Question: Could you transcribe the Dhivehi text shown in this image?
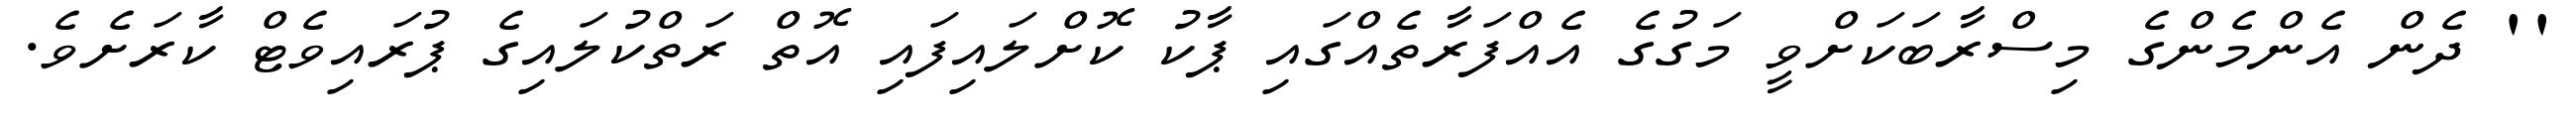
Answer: '' ދެން އެންމެންގެ މިސްރާބަކަށްވީ މަގުގެ އެއްފަރާތެއްގައި ޕާކު ކޮށްލައިފައި އޮތް ރަތްކުލައިގެ ޕުރައިވެޓް ކާރަށެވެ.